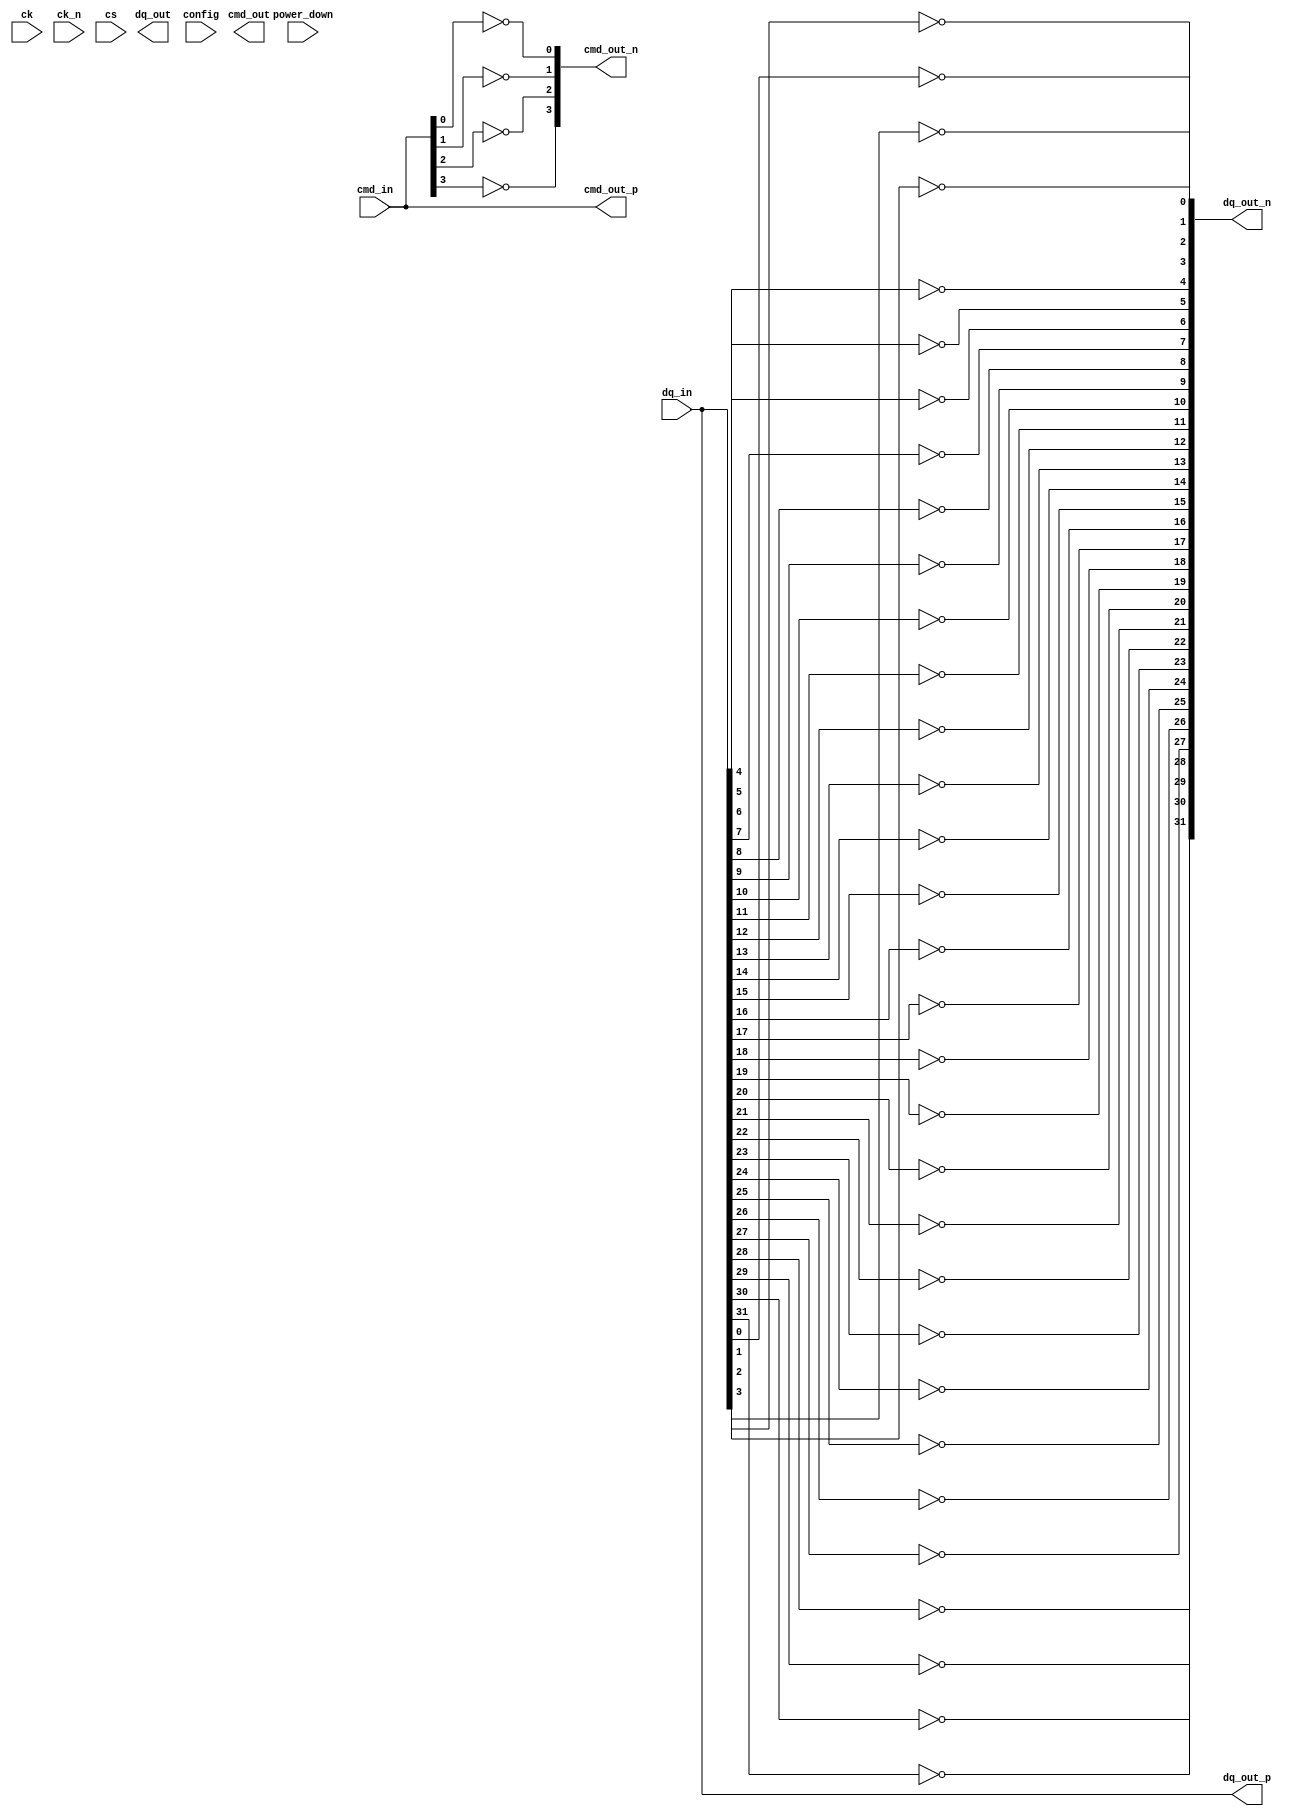
module lpddr5_io_block (
    input wire [31:0] dq_in,          // Data input
    output wire [31:0] dq_out,        // Data output
    input wire [3:0] cmd_in,          // Command input
    output wire [3:0] cmd_out,        // Command output
    input wire ck,                    // Clock input
    input wire ck_n,                  // Inverted clock input
    input wire cs,                    // Chip select
    input wire power_down,            // Power down control
    input wire [1:0] config,          // Configuration settings
    output wire [31:0] dq_out_p,      // Differential data output positive
    output wire [31:0] dq_out_n,      // Differential data output negative
    output wire [3:0] cmd_out_p,      // Differential command output positive
    output wire [3:0] cmd_out_n       // Differential command output negative
);

// Internal signals
wire [31:0] dq_buf;                  // Buffered data
wire [3:0] cmd_buf;                  // Buffered command
wire clk_gated;                      // Gated clock signal

// Input/Output Buffers
genvar i;
generate
    for (i = 0; i < 32; i = i + 1) begin : data_io
        // Differential signaling for data
        assign dq_out_p[i] = dq_buf[i]; // Positive output
        assign dq_out_n[i] = ~dq_buf[i]; // Negative output
        assign dq_buf[i] = dq_in[i]; // Buffer input to output
    end
endgenerate

generate
    for (i = 0; i < 4; i = i + 1) begin : cmd_io
        // Differential signaling for commands
        assign cmd_out_p[i] = cmd_buf[i]; // Positive output
        assign cmd_out_n[i] = ~cmd_buf[i]; // Negative output
        assign cmd_buf[i] = cmd_in[i]; // Buffer input to output
    end
endgenerate

// Clock Management
assign clk_gated = ck & ~power_down; // Gated clock logic

// Power Management
always @(posedge clk_gated or negedge power_down) begin
    if (!power_down) begin
        // Power down logic
        // Implement sleep mode or power gating
    end else begin
        // Normal operation
    end
end

// Configuration and Control Interface
always @(posedge clk_gated) begin
    case (config)
        2'b00: begin
            // Configuration setting 0
        end
        2'b01: begin
            // Configuration setting 1
        end
        2'b10: begin
            // Configuration setting 2
        end
        2'b11: begin
            // Configuration setting 3
        end
    endcase
end

// Timing Control and Compliance
// Placeholder for timing control logic (PLL/DLL implementation)
// Placeholder for compliance checks with LPDDR5 standards

endmodule